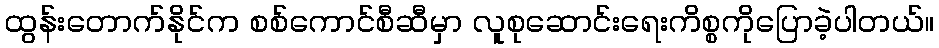
ထွန်းတောက်နိုင်က စစ်ကောင်စီဆီမှာ လူစုဆောင်းရေးကိစ္စကိုပြောခဲ့ပါတယ်။